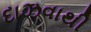
દાઝવાથી